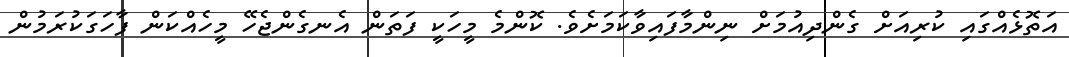
އަތޮޅެއްގައި ކުރިއަށް ގެންދިއުމަށް ނިންމާފައިވާކަމަށެވެ. ކޮންމެ މީހަކީ ފަތަން އެނގެންޖެހޭ މީހެއްކަން ފާހަގަކުރަމުން